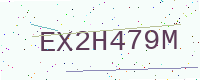
Text: EX2H479M